Annual administration report of the Civil Veterinary Department of India - 1903-1904
Year: 1903
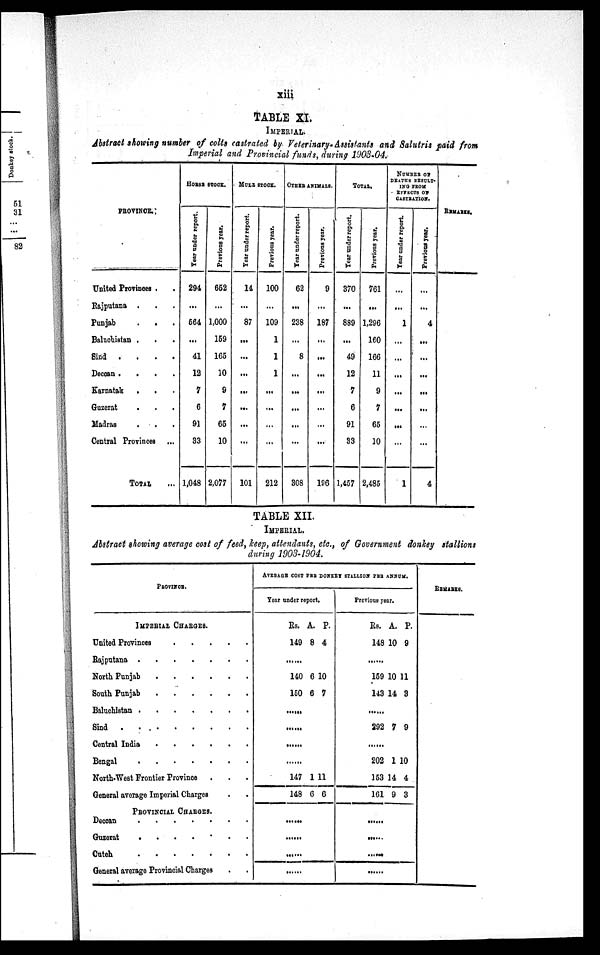
xiii
TABLE XI.
IMPERIAL.
Abstract showing number of colts castrated by Veterinary. Assistants and Salutris paid from
Imperial and Provincial funds, during 1903-04.
PROVINCE.
United Provinces . .
Rajputana . . .
Punjab
.
.
Baluchistan . . .
Sind .
.
.
.
Deccan .
.
.
.
Karnatak
.
. .
Guzerat . . .
Madras . . .
Central Provinces ...
TOTAL ...
HORSE STOCK.
Year under report.
294
...
564
...
41
12
7
6
91
33
1,048
Previous year.
652
...
1,000
159
165
10
9
7
65
10
2,077
MULE STOCK.
Year under report.
14
...
87
...
...
...
...
...
...
...
101
Previous year.
100
...
109
1
1
1
...
...
...
...
212
OTHER ANIMALS.
Year under report.
62
...
238
...
8
...
...
...
...
...
308
Previous year.
9
...
187
...
...
...
...
...
...
...
196
TOTAL.
Year under report.
370
...
889
...
49
12
7
6
91
33
1,457
Previous year.
761
...
1,296
160
166
11
9
7
65
10
2,485
NUMBER
OF
DEATHS RESULT¬
ING FROM
EFFECTS OF
CASTRATION.
Year under report.
...
...
1
...
...
...
...
...
...
...
1
Previous year.
...
...
4
...
...
...
...
...
...
...
4
REMARKS.
TABLE XII.
IMPERIAL.
Abstract showing average cost of feed, keep, attendants, etc., of Government donkey stallions
during 1903-1904.
PROVINCE.
IMPERIAL CHARGES.
United Provinces
.
.
.
.
.
Rajputana . . . . . . .
North Punjab . . . . . .
South Punjab . . . . . .
Baluchistan . . . . . . .
Sind . . . . . . . .
Central India . . . . . .
Bengal . . . . . . .
North-West Frontier Province . . .
General average Imperial Charges . . .
PROVINCIAL CHARGES.
Deccan . . . . . . .
Guzerat
.
.
.
.
.
.
.
Cutch . . . . . . .
General average Provincial Charges . .
AVERAGE COST PER DONKEY STALLION PER ANNUM.
Year under report.
Rs.
149
A.
8
P.
4
......
140
150
6
6
10
7
......
......
......
......
147
148
1
6
11
6
......
......
......
......
Previous year.
Rs.
148
A.
10
P.
9
......
159
143
10
14
11
3
......
292 7 9
......
202
153
161
1
14
9
10
4
3
......
......
......
......
REMARKS.